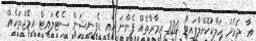
އާ ދެމެދު ހަލާކުކޮށްލާފައިވާ 820 އިމާރާތެއް ފެންނަ ހައި ޑެފިނިޝަން ސެޓެލައިޓް އިމޭޖްތަކެއް